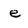
Character: e